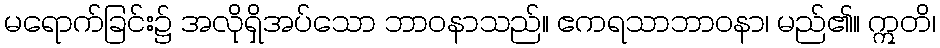
မရောက်ခြင်း၌ အလိုရှိအပ်သော ဘာဝနာသည်။ ဧကရသာဘာဝနာ၊ မည်၏။ ဣတိ၊